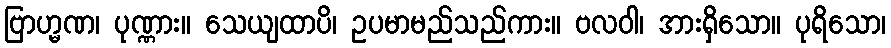
ဗြာဟ္မဏ၊ ပုဏ္ဏား။ သေယျထာပိ၊ ဥပမာမည်သည်ကား။ ဗလဝါ၊ အားရှိသော။ ပုရိသော၊